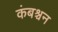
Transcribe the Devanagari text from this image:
कंबश्चन